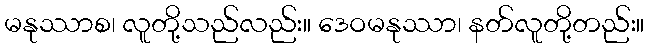
မနုဿာစ၊ လူတို့သည်လည်း။ ဒေဝမနုဿာ၊ နတ်လူတို့တည်း။